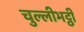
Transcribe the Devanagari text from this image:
चुल्लीभट्ठी